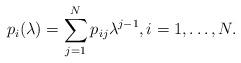
LaTeX: \begin{align*}p_i(\lambda)=\sum_{j=1}^N p_{ij}\lambda^{j-1},i=1,\ldots,N.\end{align*}